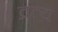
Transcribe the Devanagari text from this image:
व्रत्य